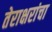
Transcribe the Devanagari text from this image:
तेराक्षरांचा